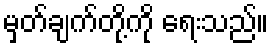
မှတ်ချက်တို့ကို ရေးသည်။